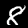
Digit: 8